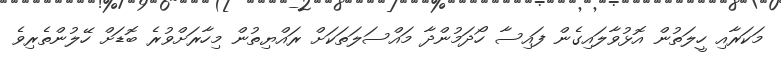
މަކަރާއި ހީލަތުން އޮޅުވާލައިގެން ފައިސާ ހޯދަމުންދާ މައްސަލަތަކަށް ރައްޔިތުން މިހާރަށްވުރެ ބޮޑަށް ހޭލުންތެރިވެ